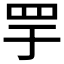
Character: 𬙘